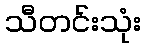
သီတင်းသုံး